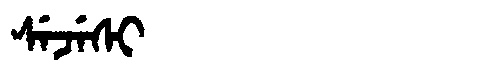
Manchu: ᠰᡝᠵᡝᠰᡳ
Romanization: SEJESI